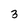
Character: 3